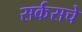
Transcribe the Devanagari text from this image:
सर्कसचे